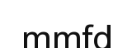
mmfd